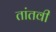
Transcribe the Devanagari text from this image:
तांतवी